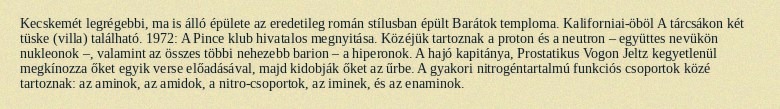
Kecskemét legrégebbi, ma is álló épülete az eredetileg román stílusban épült Barátok temploma. Kaliforniai-öböl A tárcsákon két tüske (villa) található. 1972: A Pince klub hivatalos megnyitása. Közéjük tartoznak a proton és a neutron – együttes nevükön nukleonok –, valamint az összes többi nehezebb barion – a hiperonok. A hajó kapitánya, Prostatikus Vogon Jeltz kegyetlenül megkínozza őket egyik verse előadásával, majd kidobják őket az űrbe. A gyakori nitrogéntartalmú funkciós csoportok közé tartoznak: az aminok, az amidok, a nitro-csoportok, az iminek, és az enaminok.